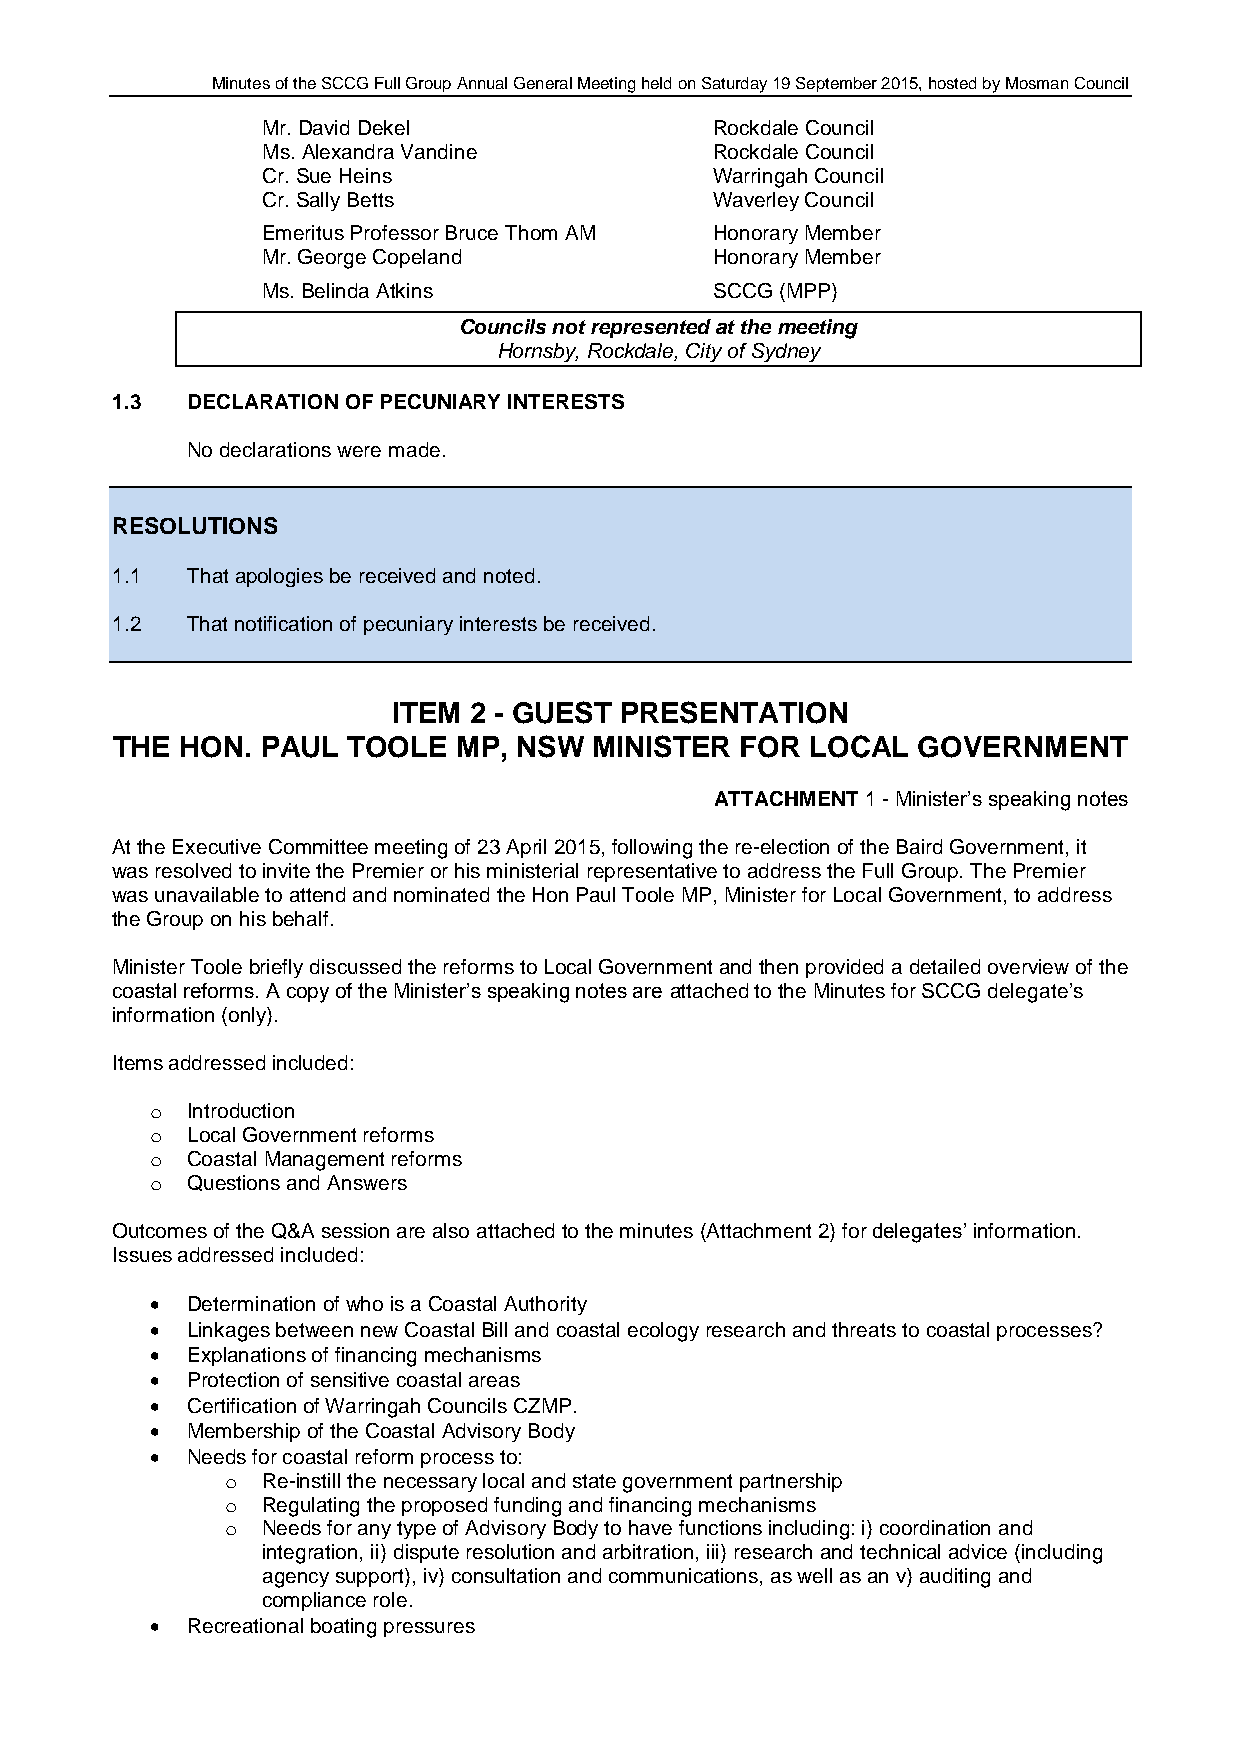
Minutes of the SCCG Full Group Annual General Meeting held on Saturday 19 September 2015, hosted by Mosman Council
 Mr. David Dekel               Rockdale Council
 Ms. Alexandra Vandine         Rockdale Council
 Cr. Sue Heins                 Warringah Council
 Cr. Sally Betts               Waverley Council
 Emeritus Professor Bruce Thom AM Honorary Member
 Mr. George Copeland           Honorary Member
 Ms. Belinda Atkins            SCCG (MPP)
 Councils not represented at the meeting
 Hornsby, Rockdale, City of Sydney
 1.3  DECLARATION OF PECUNIARY INTERESTS
 No declarations were made.
 RESOLUTIONS
 1.1  That apologies be received and noted.
 1.2  That notification of pecuniary interests be received.
 ITEM 2 - GUEST PRESENTATION
 THE  HON. PAUL  TOOLE  MP, NSW  MINISTER  FOR  LOCAL  GOVERNMENT
 ATTACHMENT 1 - Minister’s speaking notes
 At the Executive Committee meeting of 23 April 2015, following the re-election of the Baird Government, it
 was resolved to invite the Premier or his ministerial representative to address the Full Group. The Premier
 was unavailable to attend and nominated the Hon Paul Toole MP, Minister for Local Government, to address
 the Group on his behalf.
 Minister Toole briefly discussed the reforms to Local Government and then provided a detailed overview of the
 coastal reforms. A copy of the Minister’s speaking notes are attached to the Minutes for SCCG delegate’s
 information (only).
 Items addressed included:
 o Introduction
 o Local Government reforms
 o Coastal Management reforms
 o Questions and Answers
 Outcomes of the Q&A session are also attached to the minutes (Attachment 2) for delegates’ information.
 Issues addressed included:
  Determination of who is a Coastal Authority
  Linkages between new Coastal Bill and coastal ecology research and threats to coastal processes?
  Explanations of financing mechanisms
  Protection of sensitive coastal areas
  Certification of Warringah Councils CZMP.
  Membership of the Coastal Advisory Body
  Needs for coastal reform process to:
 o Re-instill the necessary local and state government partnership
 o Regulating the proposed funding and financing mechanisms
 o Needs for any type of Advisory Body to have functions including: i) coordination and
 integration, ii) dispute resolution and arbitration, iii) research and technical advice (including
 agency support), iv) consultation and communications, as well as an v) auditing and
 compliance role.
  Recreational boating pressures